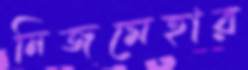
নিজমেহার